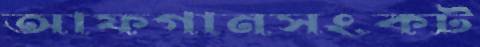
আফগানসংকট